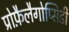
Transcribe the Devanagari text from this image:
प्रोफ़ैलैगोप्सिडी